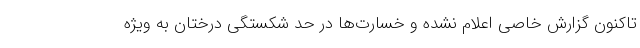
تاکنون گزارش خاصی اعلام نشده و خسارت‌ها در حد شکستگی درختان به ویژه